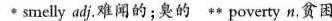
smelly adj.难闻的;臭的 poverty n.贫困